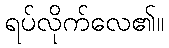
ရပ်လိုက်လေ၏။